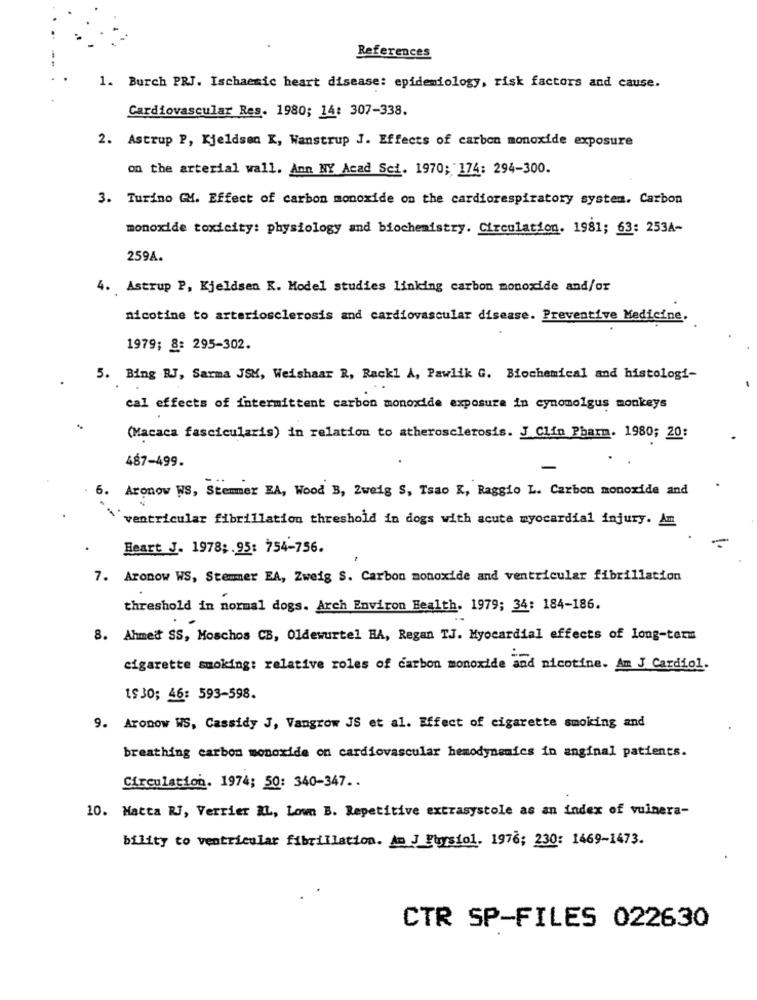
References
1. Burch PRJ. Ischaemic heart disease: epidemiology, risk factors and cause.
Cardiovascular Res. 1980; 14: 307-338.
2. Astrup P, Kjeldsen K, Wanstrup J. Effects of carbon monoxide exposure
on the arterial wall. Ann NY Acad Sci. 1970; 174: 294-300.
3. Turino GM. Effect of carbon monoxide on the cardiorespiratory system. Carbon
monoxide toxicity: physiology and biochemistry. Circulation. 1981; 63: 253A-
259A.
4. Astrup P, Kjeldsen K. Model studies linking carbon monoxide and/or
nicotine to arteriosclerosis and cardiovascular disease. Preventive Medicine.
1979; 8: 295-302.
5. Bing RJ, Sarma JSM, Weishaar R, Rackl A, Pawlik G. Biochemical and histologi-
cal effects of intermittent carbon monoxide exposure in cynomolgus monkeys
(Macaca fascicularis) in relation to atherosclerosis. J Clin Pharm. 1980; 20:
487-499.
6. Aronow WS, Stemmer EA, Wood B, Zweig S, Tsao K, Raggio L. Carbon monoxide and
ventricular fibrillation threshold in dogs with acute myocardial injury. Am
Heart J. 1978 ;. 95: 754-756.
7. Aronow WS, Stemmer EA, Zweig S. Carbon monoxide and ventricular fibrillation
threshold in normal dogs. Arch Environ Health. 1979; 34: 184-186.
8. Ahmed SS, Moschos CB, Oldewurtel HA, Regan TJ. Myocardial effects of long-term
cigarette smoking: relative roles of carbon monoxide and nicotine. Am J Cardiol.
1$30; 46: 593-598.
9. Aronow WS, Cassidy J, Vangrow JS et al. Effect of cigarette smoking and
breathing carbon monoxide on cardiovascular hemodynamics in anginal patients.
Circulation. 1974; 50: 340-347 ..
10. Matta RJ, Verrier AL, Lown B. Repetitive extrasystole as an index of vulnera-
bility to ventricular fibrillation. Am J Physiol. 1976; 230: 1469-1473.
CTR SP-FILES 022630